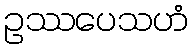
ဥဿပေသဟံ